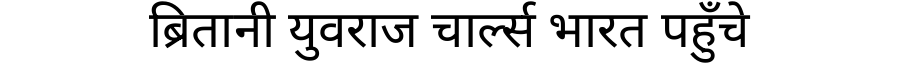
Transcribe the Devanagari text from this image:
ब्रितानी युवराज चार्ल्स भारत पहुँचे